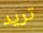
تريد